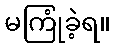
မကြုံခဲ့ရ။